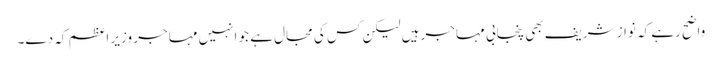
واضح رہے کہ نواز شریف بھی پنجابی مہاجر ہیں لیکن کس کی مجال ہے جو انہیں مہاجر وزیر اعظم کہ دے۔